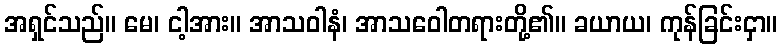
အရှင်သည်။ မေ၊ ငါ့အား။ အာသဝါနံ၊ အာသဝေါတရားတို့၏။ ခယာယ၊ ကုန်ခြင်းငှာ။